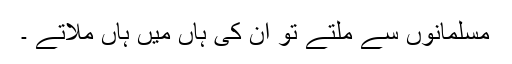
مسلمانوں سے ملتے تو ان کی ہاں میں ہاں ملاتے ۔